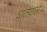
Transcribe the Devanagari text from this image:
घातवाले